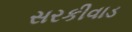
સરકીવાડ